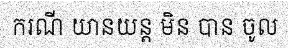
ករណី យានយន្ត មិន បាន ចូល